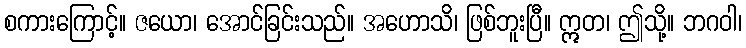
စကားကြောင့်။ ဇယော၊ အောင်ခြင်းသည်။ အဟောသိ၊ ဖြစ်ဘူးပြီ။ ဣတ၊ ဤသို့။ ဘဂဝါ၊